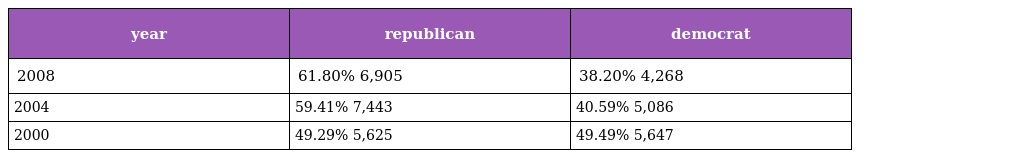
| year | republican | democrat |
 | --- | --- | --- |
 | 2008 | 61.80% 6,905 | 38.20% 4,268 |
 | 2004 | 59.41% 7,443 | 40.59% 5,086 |
 | 2000 | 49.29% 5,625 | 49.49% 5,647 |